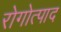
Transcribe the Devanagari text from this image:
रोगोत्पाद